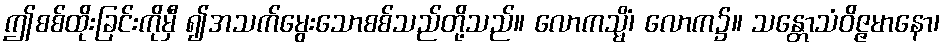
ဤစစ်ထိုးခြင်းကိုမှီ ၍အသက်မွေးသောစစ်သည်တို့သည်။ လောကသ္မိံ၊ လောက၌။ သန္တောသံဝိဇ္ဇမာနော၊